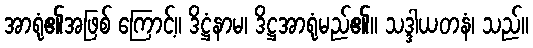
အာရုံ၏အဖြစ် ကြောင့်။ ဒိဋ္ဌံနာမ၊ ဒိဋ္ဌအာရုံမည်၏။ သဒ္ဒါယတနံ၊ သည်။